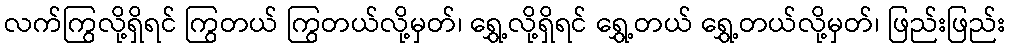
လက်ကြွလို့ရှိရင် ကြွတယ် ကြွတယ်လို့မှတ်၊ ရွှေ့လို့ရှိရင် ရွှေ့တယ် ရွှေ့တယ်လို့မှတ်၊ ဖြည်းဖြည်း